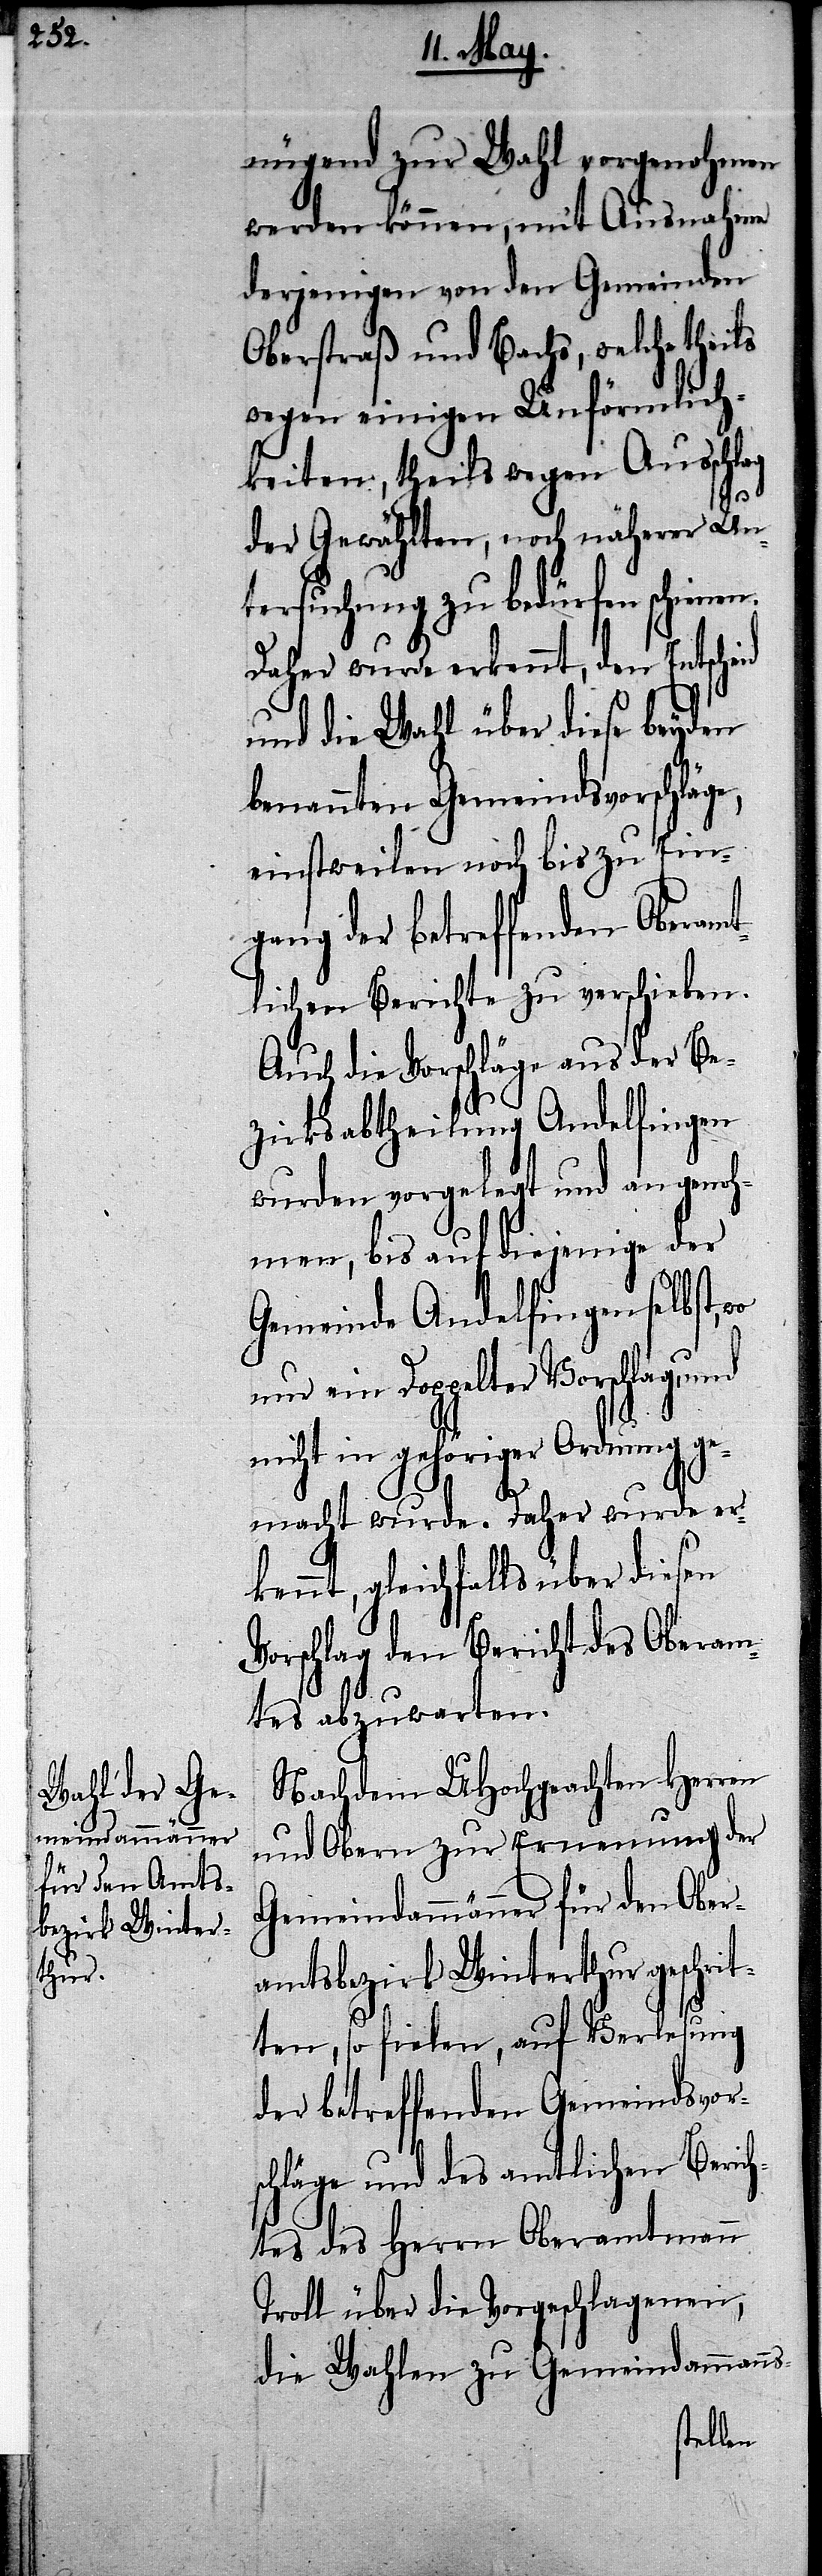
nügend zur Wahl vorgenohmen
werden können, mit Ausnahme
derjenigen von den Gemeinden
Oberstraß und Bachs, welche
wegen einigen Unförmlich¬
keiten, theils wegen Ausschlag
der Gewählten, noch näherer Un¬
tersuchung zu bedürfen schien¬
Daher wurde erkennt, den Entscheid
und die Wahl über diese beyden
benannten Gemeindsvorschläge,
einstweilen noch bis zu Ein¬
gang der betreffenden Oberamt¬
lichen Berichte zu verschieben.
Auch die Vorschläge aus der Be¬
zirksabtheilung Andelfingen
wurden vorgelegt und an genoh¬
it¬
men, bis auf diejen¬
Gemeinde Andelf¬
ein Doppelter Vorschlag,
nicht in gehöriger Ordnung ge¬
macht wurde. Daher wurde er¬
kennt, gleichfalls über diesen
Vorschlag den Bericht des Oberam¬
tes abzuwarten.
Nachdem UHochgeachten HHerren
und Obern zur Ernennung der
Gemeindammänner für den Ober¬
amtsbezirk Winterthur geschr¬
ten, so fielen, auf Verlesung
der betreffenden Gemeindsvor¬
schläge und des amtlichen Berich¬
tes des Herrn Oberamtmann
Troll über die Vorgeschlagenen,
die Wahlen zu Gemeindammanns-